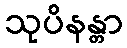
သုပိနန္တာ